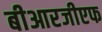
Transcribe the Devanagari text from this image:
बीआरजीएफ